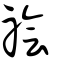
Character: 禬